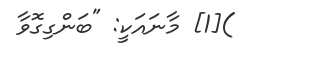
)[1] މާނައަކީ: "ބަންގިގޮވާ